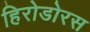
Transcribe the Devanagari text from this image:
हिरोडोरस